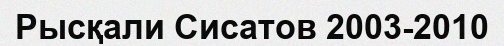
Рысқали Сисатов 2003-2010